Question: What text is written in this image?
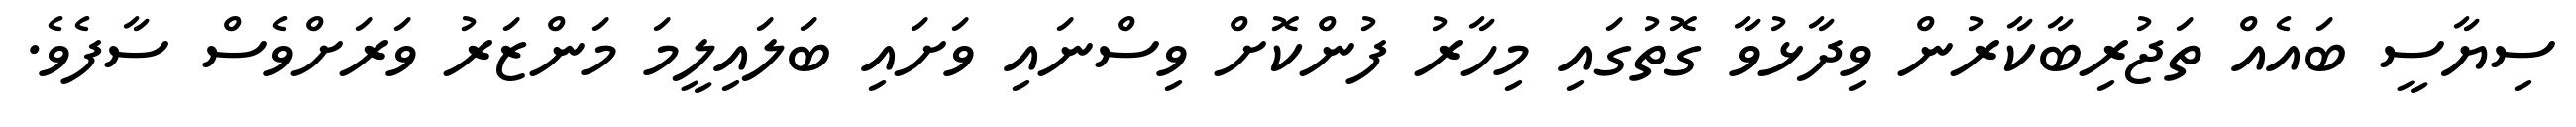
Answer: ސިޔާސީ ބައެއް ތަޖުރިބާކާރުން ވިދާޅުވާ ގޮތުގައި މިހާރު ފުންކޮށް ވިސްނައި ވަށައި ބަލައިލީމަ މަންޒަރު ވަރަށްވެސް ސާފެވެ.